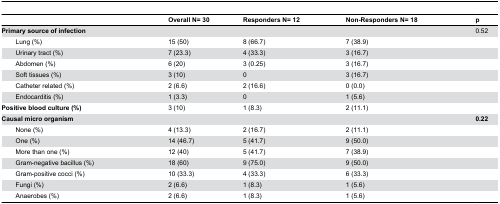
<table><thead><tr><td colspan="2"></td><td><b>Overall N= 30</b></td><td><b>Responders N= 12</b></td><td><b>Non-Responders N= 18</b></td><td><b>p</b></td></tr></thead><tbody><tr><td colspan="5"><b>Primary source of infection</b></td><td>0.52</td></tr><tr><td></td><td>Lung (%)</td><td>15 (50)</td><td>8 (66.7)</td><td>7 (38.9)</td><td></td></tr><tr><td></td><td>Urinary tract (%)</td><td>7 (23.3)</td><td>4 (33.3)</td><td>3 (16.7)</td><td></td></tr><tr><td></td><td>Abdomen (%)</td><td>6 (20)</td><td>3 (0.25)</td><td>3 (16.7)</td><td></td></tr><tr><td></td><td>Soft tissues (%)</td><td>3 (10)</td><td>0</td><td>3 (16.7)</td><td></td></tr><tr><td></td><td>Catheter related (%)</td><td>2 (6.6)</td><td>2 (16.6)</td><td>0 (0.0)</td><td></td></tr><tr><td></td><td>Endocarditis (%)</td><td>1 (3.3)</td><td>0 </td><td>1 (5.6)</td><td></td></tr><tr><td colspan="2"><b>Positive blood culture (%)</b></td><td>3 (10)</td><td>1 (8.3)</td><td>2 (11.1)</td><td></td></tr><tr><td colspan="5"><b>Causal micro organism</b></td><td><b>0.22</b></td></tr><tr><td></td><td>None (%)</td><td>4 (13.3)</td><td>2 (16.7)</td><td>2 (11.1)</td><td></td></tr><tr><td></td><td>One (%)</td><td>14 (46.7)</td><td>5 (41.7)</td><td>9 (50.0)</td><td></td></tr><tr><td></td><td>More than one (%)</td><td>12 (40)</td><td>5 (41.7)</td><td>7 (38.9)</td><td></td></tr><tr><td></td><td>Gram-negative bacillus (%)</td><td>18 (60)</td><td>9 (75.0)</td><td>9 (50.0)</td><td></td></tr><tr><td></td><td>Gram-positive cocci (%)</td><td>10 (33.3)</td><td>4 (33.3)</td><td>6 (33.3)</td><td></td></tr><tr><td></td><td>Fungi (%)</td><td>2 (6.6)</td><td>1 (8.3)</td><td>1 (5.6)</td><td></td></tr><tr><td></td><td>Anaerobes (%)</td><td>2 (6.6)</td><td>1 (8.3)</td><td>1 (5.6)</td><td></td></tr></tbody></table>